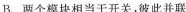
B. 两个模块相当于开关.，彼此并联